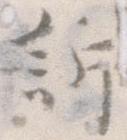
訴